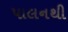
પાલનથી